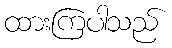
ထားကြပါသည်